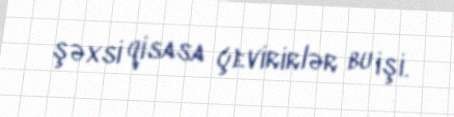
şəxsi qisasa çevirirlər bu işi.